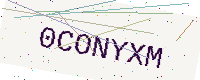
Text: 0CONYXM